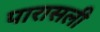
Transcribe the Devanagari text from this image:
पारासली